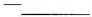
—___